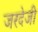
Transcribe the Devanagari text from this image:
जरदेजी